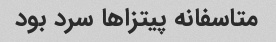
متاسفانه پیتزاها سرد بود